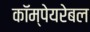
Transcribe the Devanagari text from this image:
कॉम्पेयरेबल